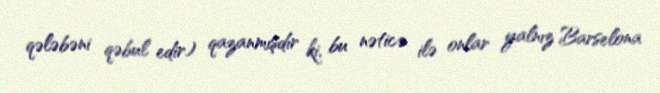
qələbəni qəbul edir) qazanmışdır ki, bu nəticə ilə onlar yalnız Barselona